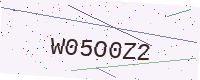
Text: W05O0Z2